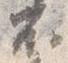
不